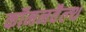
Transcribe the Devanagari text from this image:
कॉमनवैल्‍थ